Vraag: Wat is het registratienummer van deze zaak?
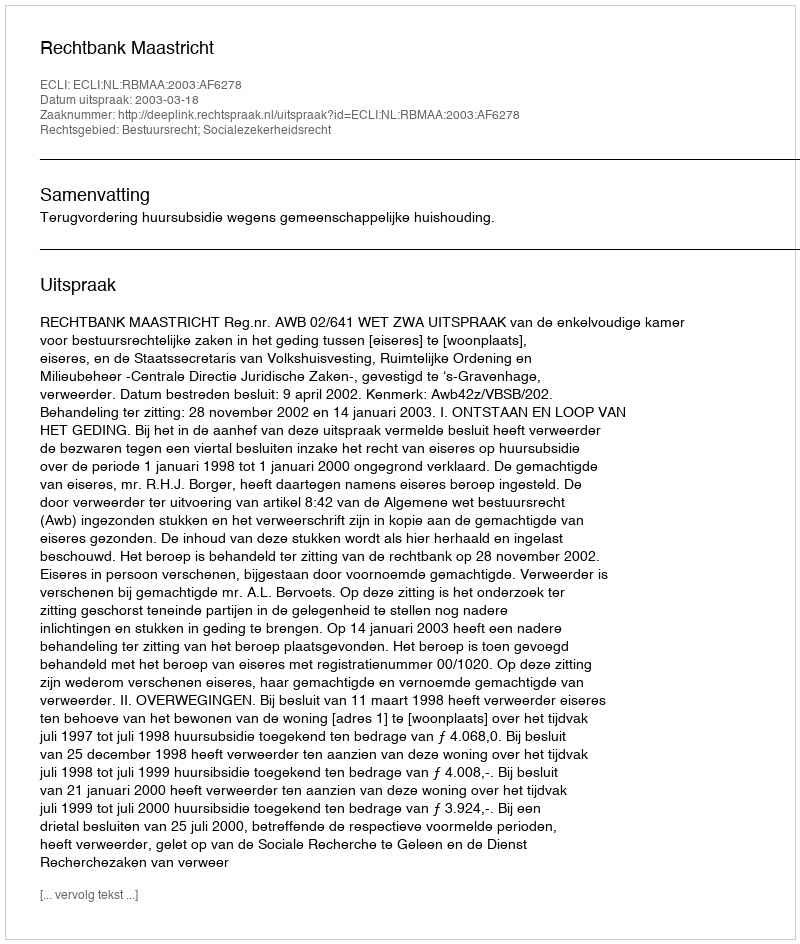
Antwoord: http://deeplink.rechtspraak.nl/uitspraak?id=ECLI:NL:RBMAA:2003:AF6278